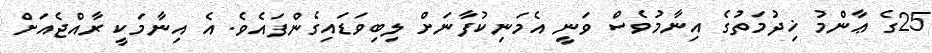
25ގެ ޢާންމު ޚިދުމަތުގެ އިނާމުވެސް ވަނީ އެމަނިކުފާނަށް ލިބިވަޑައިގެންފައެވެ. އެ އިނާމަކީ ރާއްޖެއަށް